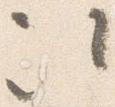
次